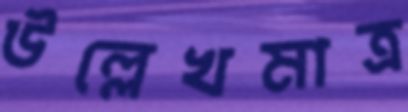
উল্লেখমাত্র